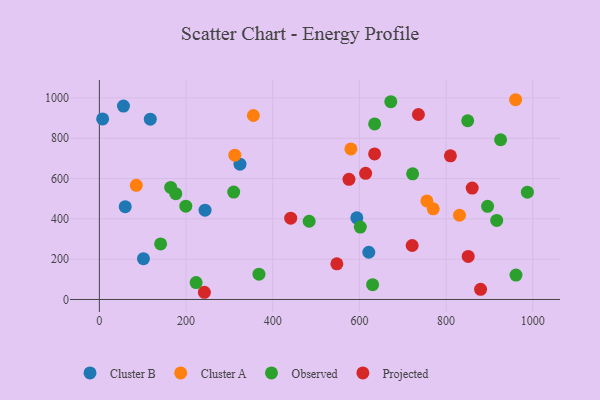
{"axis": {"x": "Price", "y": "Salary"}, "legend": ["Cluster A", "Cluster B", "Observed", "Projected"], "data": [{"x": "243.8", "y": 443.2, "type": "Cluster B"}, {"x": "59.6", "y": 460.4, "type": "Cluster B"}, {"x": "117.5", "y": 894.4, "type": "Cluster B"}, {"x": "55.6", "y": 959.7, "type": "Cluster B"}, {"x": "594.0", "y": 404.9, "type": "Cluster B"}, {"x": "621.6", "y": 234.4, "type": "Cluster B"}, {"x": "101.7", "y": 202.6, "type": "Cluster B"}, {"x": "7.5", "y": 895.8, "type": "Cluster B"}, {"x": "324.4", "y": 671.5, "type": "Cluster B"}, {"x": "312.5", "y": 715.9, "type": "Cluster A"}, {"x": "580.3", "y": 747.0, "type": "Cluster A"}, {"x": "960.3", "y": 991.1, "type": "Cluster A"}, {"x": "830.8", "y": 417.8, "type": "Cluster A"}, {"x": "755.6", "y": 488.8, "type": "Cluster A"}, {"x": "355.3", "y": 912.9, "type": "Cluster A"}, {"x": "85.2", "y": 566.3, "type": "Cluster A"}, {"x": "770.3", "y": 449.6, "type": "Cluster A"}, {"x": "176.3", "y": 525.1, "type": "Observed"}, {"x": "630.4", "y": 73.3, "type": "Observed"}, {"x": "849.8", "y": 886.9, "type": "Observed"}, {"x": "672.4", "y": 981.3, "type": "Observed"}, {"x": "164.5", "y": 555.7, "type": "Observed"}, {"x": "199.4", "y": 463.1, "type": "Observed"}, {"x": "895.7", "y": 462.0, "type": "Observed"}, {"x": "368.2", "y": 125.4, "type": "Observed"}, {"x": "925.7", "y": 792.4, "type": "Observed"}, {"x": "484.0", "y": 388.0, "type": "Observed"}, {"x": "635.1", "y": 871.1, "type": "Observed"}, {"x": "987.5", "y": 532.6, "type": "Observed"}, {"x": "961.2", "y": 121.2, "type": "Observed"}, {"x": "916.8", "y": 392.1, "type": "Observed"}, {"x": "722.7", "y": 623.2, "type": "Observed"}, {"x": "141.3", "y": 275.6, "type": "Observed"}, {"x": "223.2", "y": 83.8, "type": "Observed"}, {"x": "309.9", "y": 533.0, "type": "Observed"}, {"x": "602.0", "y": 359.1, "type": "Observed"}, {"x": "736.1", "y": 917.8, "type": "Projected"}, {"x": "879.5", "y": 50.2, "type": "Projected"}, {"x": "242.3", "y": 35.7, "type": "Projected"}, {"x": "860.2", "y": 552.8, "type": "Projected"}, {"x": "635.0", "y": 722.3, "type": "Projected"}, {"x": "809.9", "y": 712.7, "type": "Projected"}, {"x": "614.3", "y": 625.8, "type": "Projected"}, {"x": "441.4", "y": 403.3, "type": "Projected"}, {"x": "851.0", "y": 213.4, "type": "Projected"}, {"x": "547.9", "y": 177.0, "type": "Projected"}, {"x": "721.7", "y": 267.9, "type": "Projected"}, {"x": "575.9", "y": 596.3, "type": "Projected"}]}